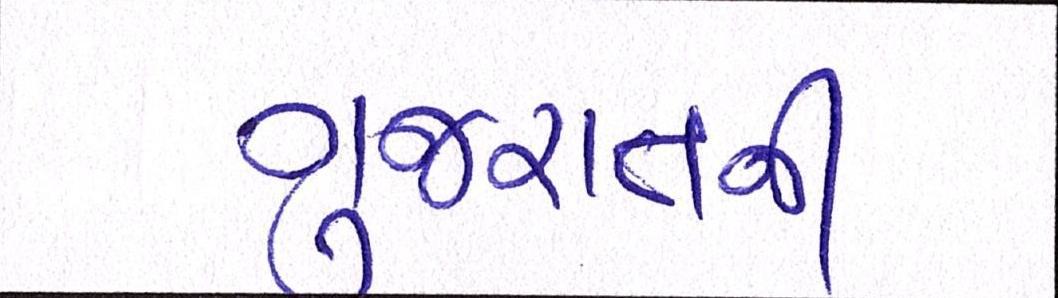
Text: ગુજરાતની